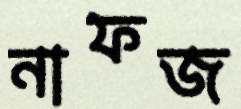
নাফজ